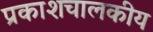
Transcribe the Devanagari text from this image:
प्रकाशचालकीय